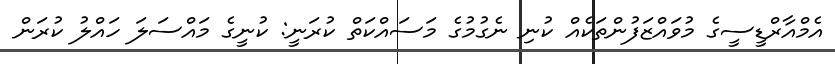
އެމްއާރްޑީސީގެ މުވައްޒަފުންތަކެއް ކުނި ނެގުމުގެ މަސައްކަތް ކުރަނީ: ކުނީގެ މައްސަލަ ހައްލު ކުރަން